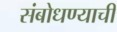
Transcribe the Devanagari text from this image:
संबोधण्याची